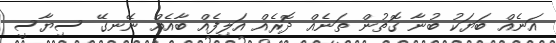
އަނެއް ބަޔަކު ބުނާ ގޮތުން ތަނެއް ދޮރެއް އަލިފެއް ބާއެއް ނޭނގޭ ސިޔާސީ